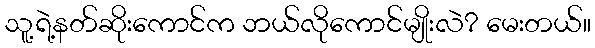
သူ့ရဲ့နတ်ဆိုးကောင်က ဘယ်လိုကောင်မျိုးလဲ? မေးတယ်။